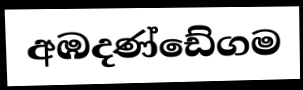
අඹදණ්ඩේගම